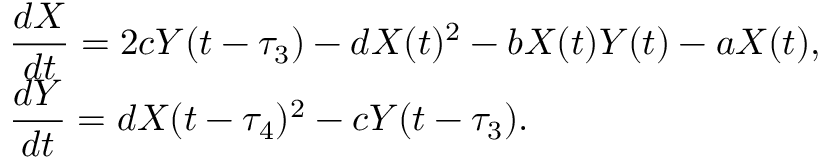
\begin{array} { l } { \displaystyle { \frac { d X } { d t } = 2 c Y ( t - \tau _ { 3 } ) - d X ( t ) ^ { 2 } - b X ( t ) Y ( t ) - a X ( t ) , } } \\ { \displaystyle { \frac { d Y } { d t } = d X ( t - \tau _ { 4 } ) ^ { 2 } - c Y ( t - \tau _ { 3 } ) . } } \end{array}